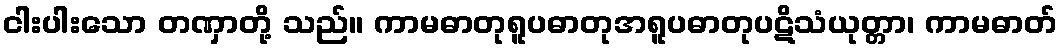
ငါးပါးသော တဏှာတို့ သည်။ ကာမဓာတုရူပဓာတုအရူပဓာတုပဋိသံယုတ္တာ၊ ကာမဓာတ်